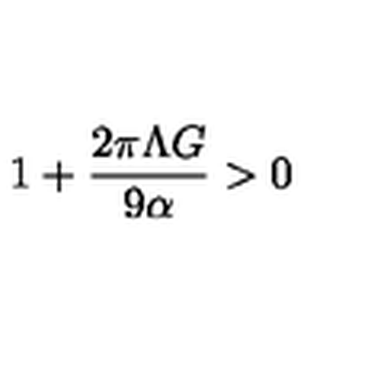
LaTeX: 1 + \frac { 2 \pi \Lambda G } { 9 \alpha } > 0